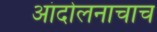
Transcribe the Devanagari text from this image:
आंदोलनाचाच